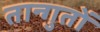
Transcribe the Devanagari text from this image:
तान्गुतों